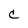
Character: C